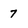
Character: 7